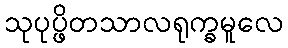
သုပုပ္ဖိတသာလရုက္ခမူလေ